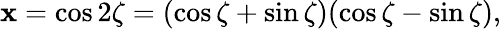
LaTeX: \mathbf{x}=\cos2\zeta=(\cos\zeta+\sin\zeta)(\cos\zeta-\sin\zeta),